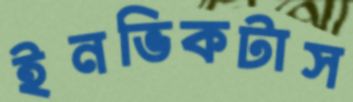
ইনভিকটাস